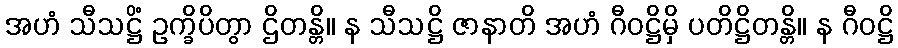
အဟံ သီသဋ္ဌိံ ဥက္ခိပိတွာ ဌိတန္တိ။ န သီသဋ္ဌိ ဇာနာတိ အဟံ ဂီဝဋ္ဌိမှိ ပတိဋ္ဌိတန္တိ။ န ဂီဝဋ္ဌိ